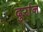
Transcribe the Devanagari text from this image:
दुर्रान